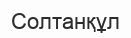
Солтанқұл